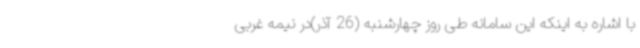
با اشاره به اینکه این سامانه طی روز چهارشنبه (26 آذر)در نیمه غربی